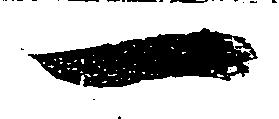
一